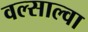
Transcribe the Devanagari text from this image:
वल्साल्वा